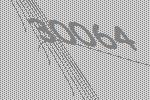
30064